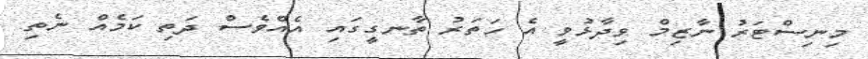
މިނިސްޓަރު ނާޒިމް ވިދާޅުވީ އެ ހަތަރު ތާނގީގައި އެއްވެސް ދަތި ކަމެއް ނެތި